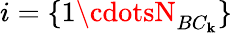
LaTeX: i=\{ 1\cdotsN_{BC_{\mathbf{k}}}\}